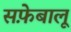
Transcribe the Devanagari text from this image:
सफ़ेबालू